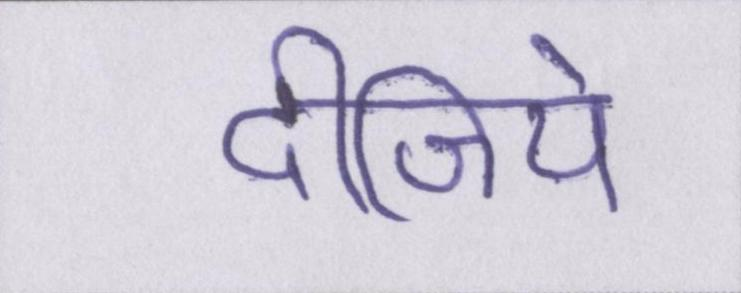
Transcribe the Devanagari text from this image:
दीजिये